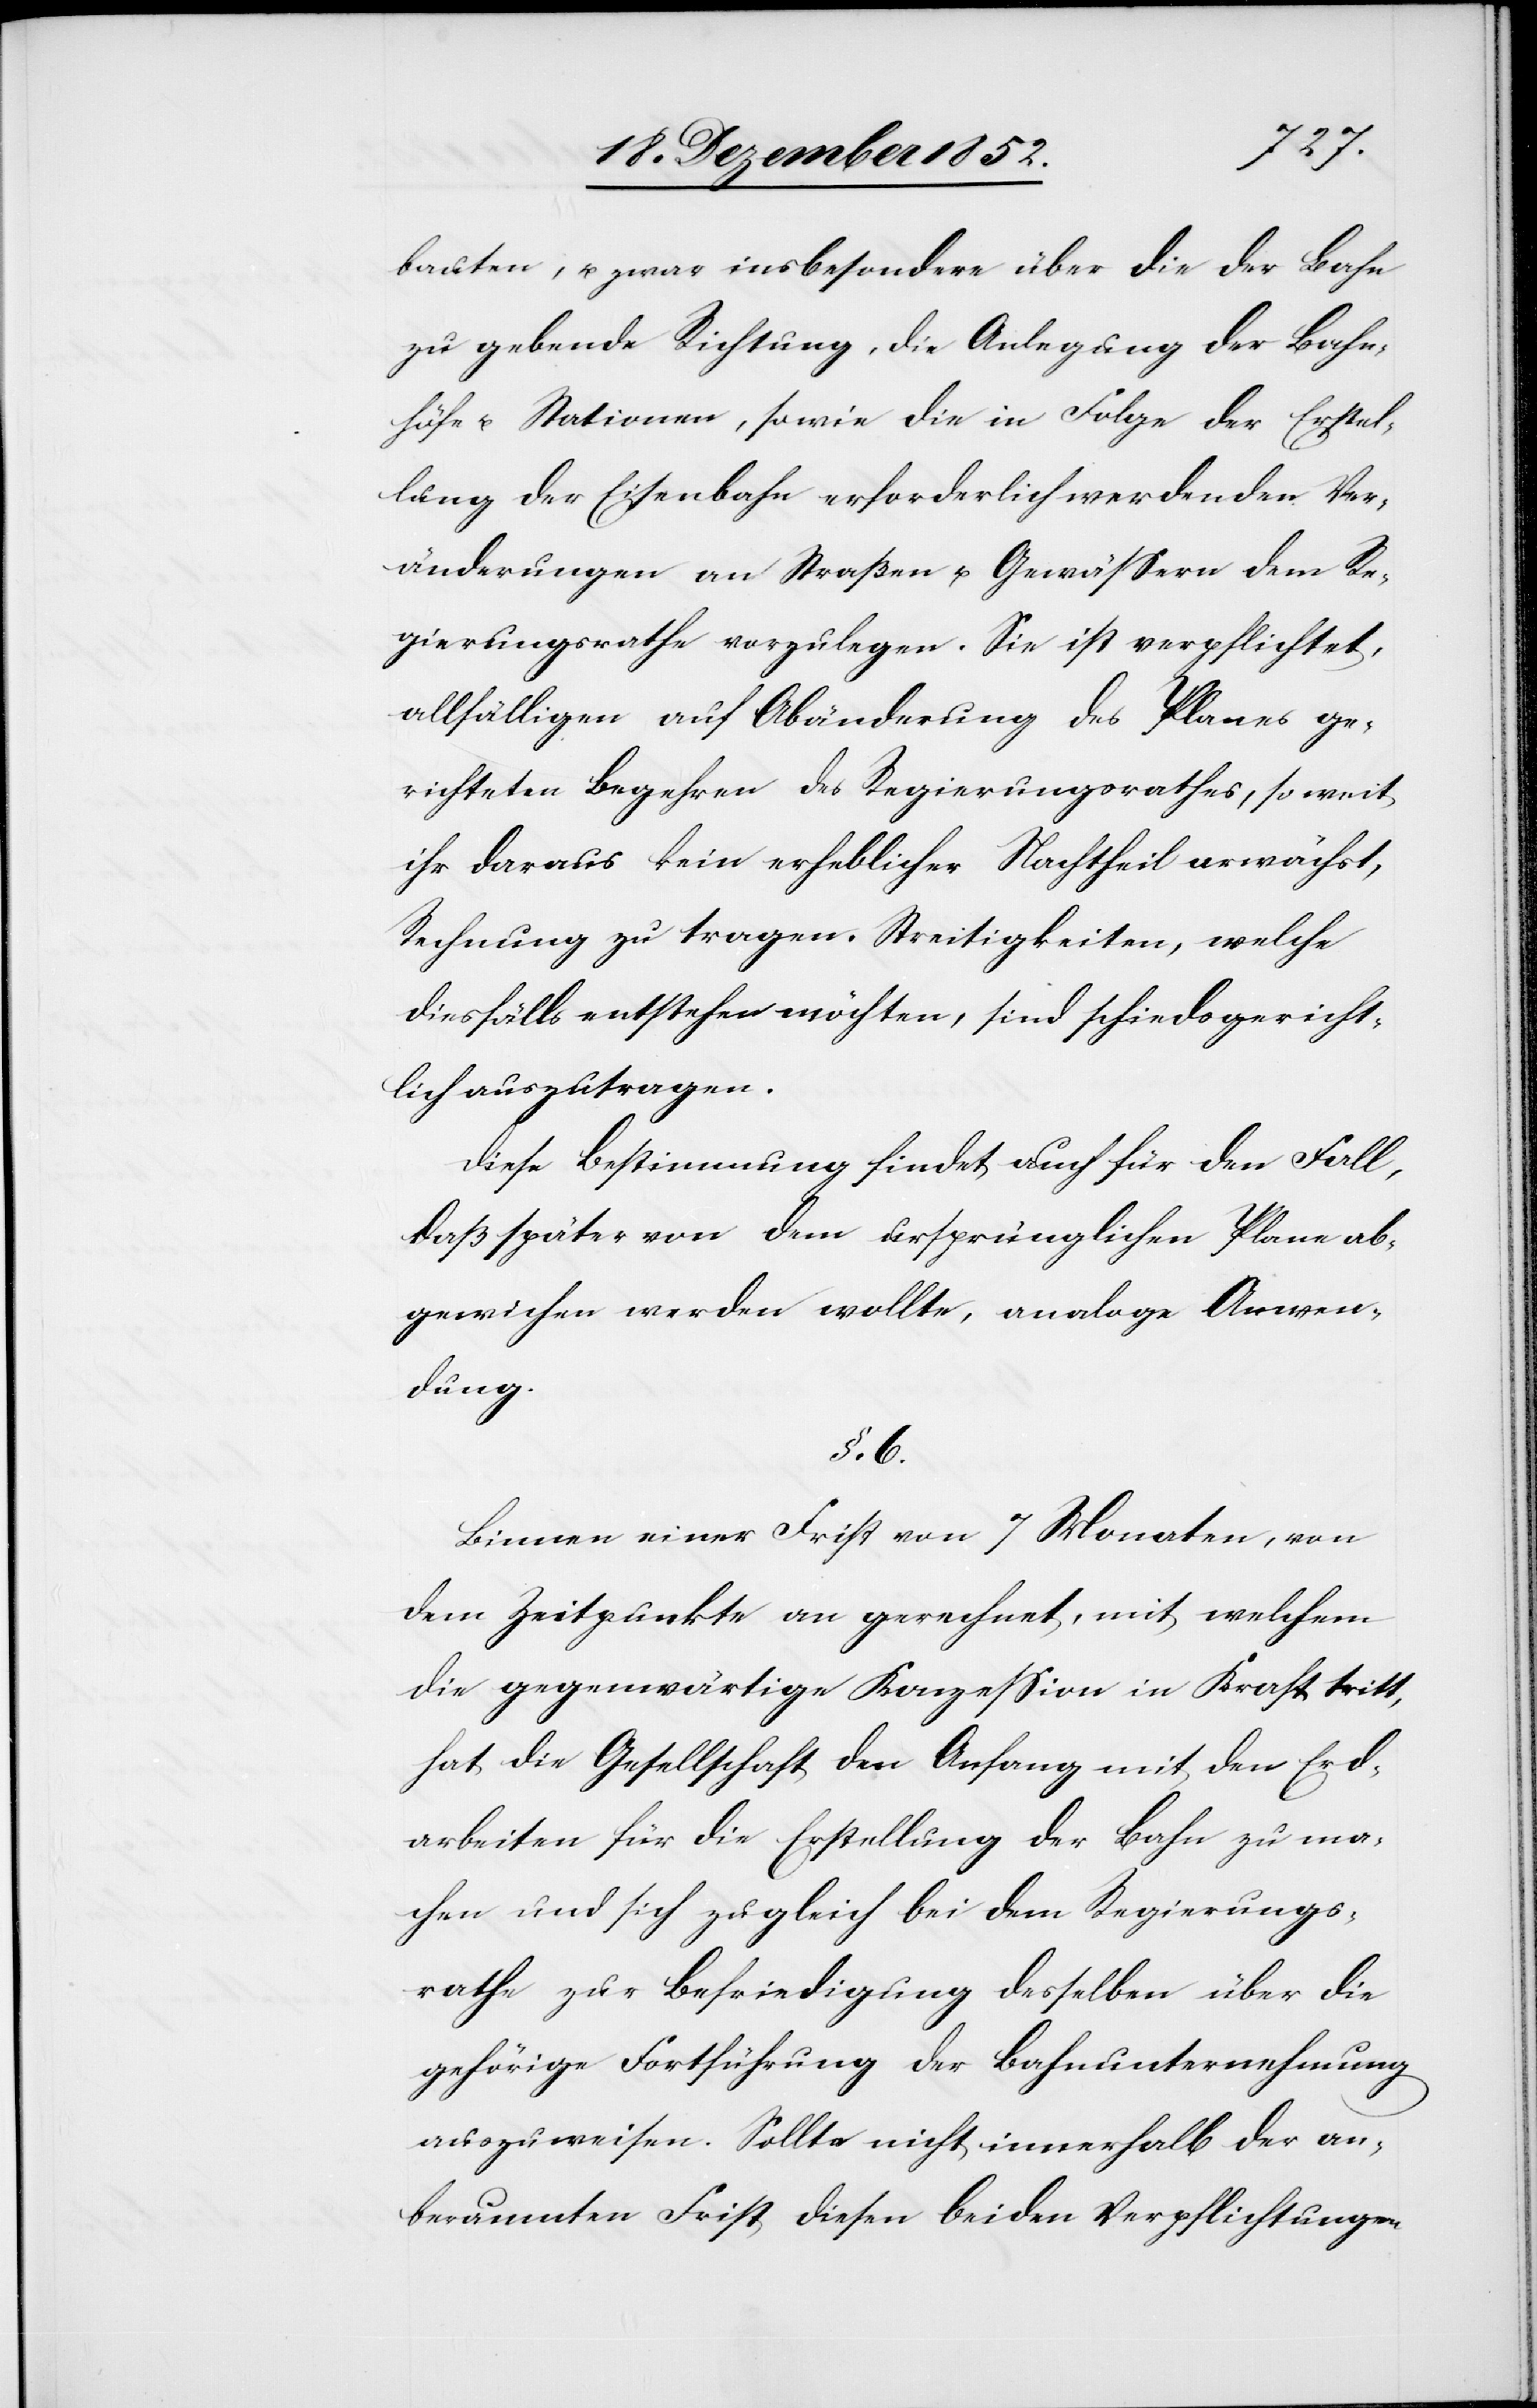
bauten, u. zwar insbesondere über die der Bahn
zu gebende Richtung, die Anlegung der Bahn¬
höfe u. Stationen, sowie die in Folge der Erstel¬
lung der Eisenbahn erforderlich werdenden Ver¬
änderungen an Straßen u. Gewässern dem Re¬
gierungsrathe vorzulegen. Sie ist verpflichtet,
allfälligen auf Abänderung des Planes ge¬
richteten Begehren des Regierungsrathes, so weit
ihr daraus kein erheblicher Nachtheil erwächst,
Rechnung zu tragen. Streitigkeiten, welche
diesfälls [sic!] entstehen möchten, sind schiedsgericht¬
lich auszutragen.
Diese Bestimmung findet auch für den Fall,
daß später von dem ursprünglichen Plane ab¬
gewichen werden wollte, analoge Anwen¬
dung.
§. 6.
Binnen einer Frist von 7 Monaten, von
dem Zeitpunkte an gerechnet, mit welchem
die gegenwärtige Konzession in Kraft tritt,
hat die Gesellschaft den Anfang mit den Erd¬
arbeiten für die Erstellung der Bahn zu ma¬
chen und sich zugleich bei dem Regierungs¬
rathe zur Befriedigung desselben über die
gehörige Fortführung der Bahnunternehmung
auszuweisen. Sollte nicht innerhalb der an¬
beraumten Frist diesen beiden Verpflichtungen